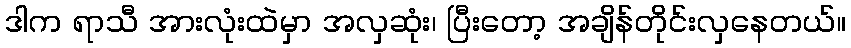
ဒါက ရာသီ အားလုံးထဲမှာ အလှဆုံး၊ ပြီးတော့ အချိန်တိုင်းလှနေတယ်။